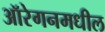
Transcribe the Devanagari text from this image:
ऑरेगनमधील